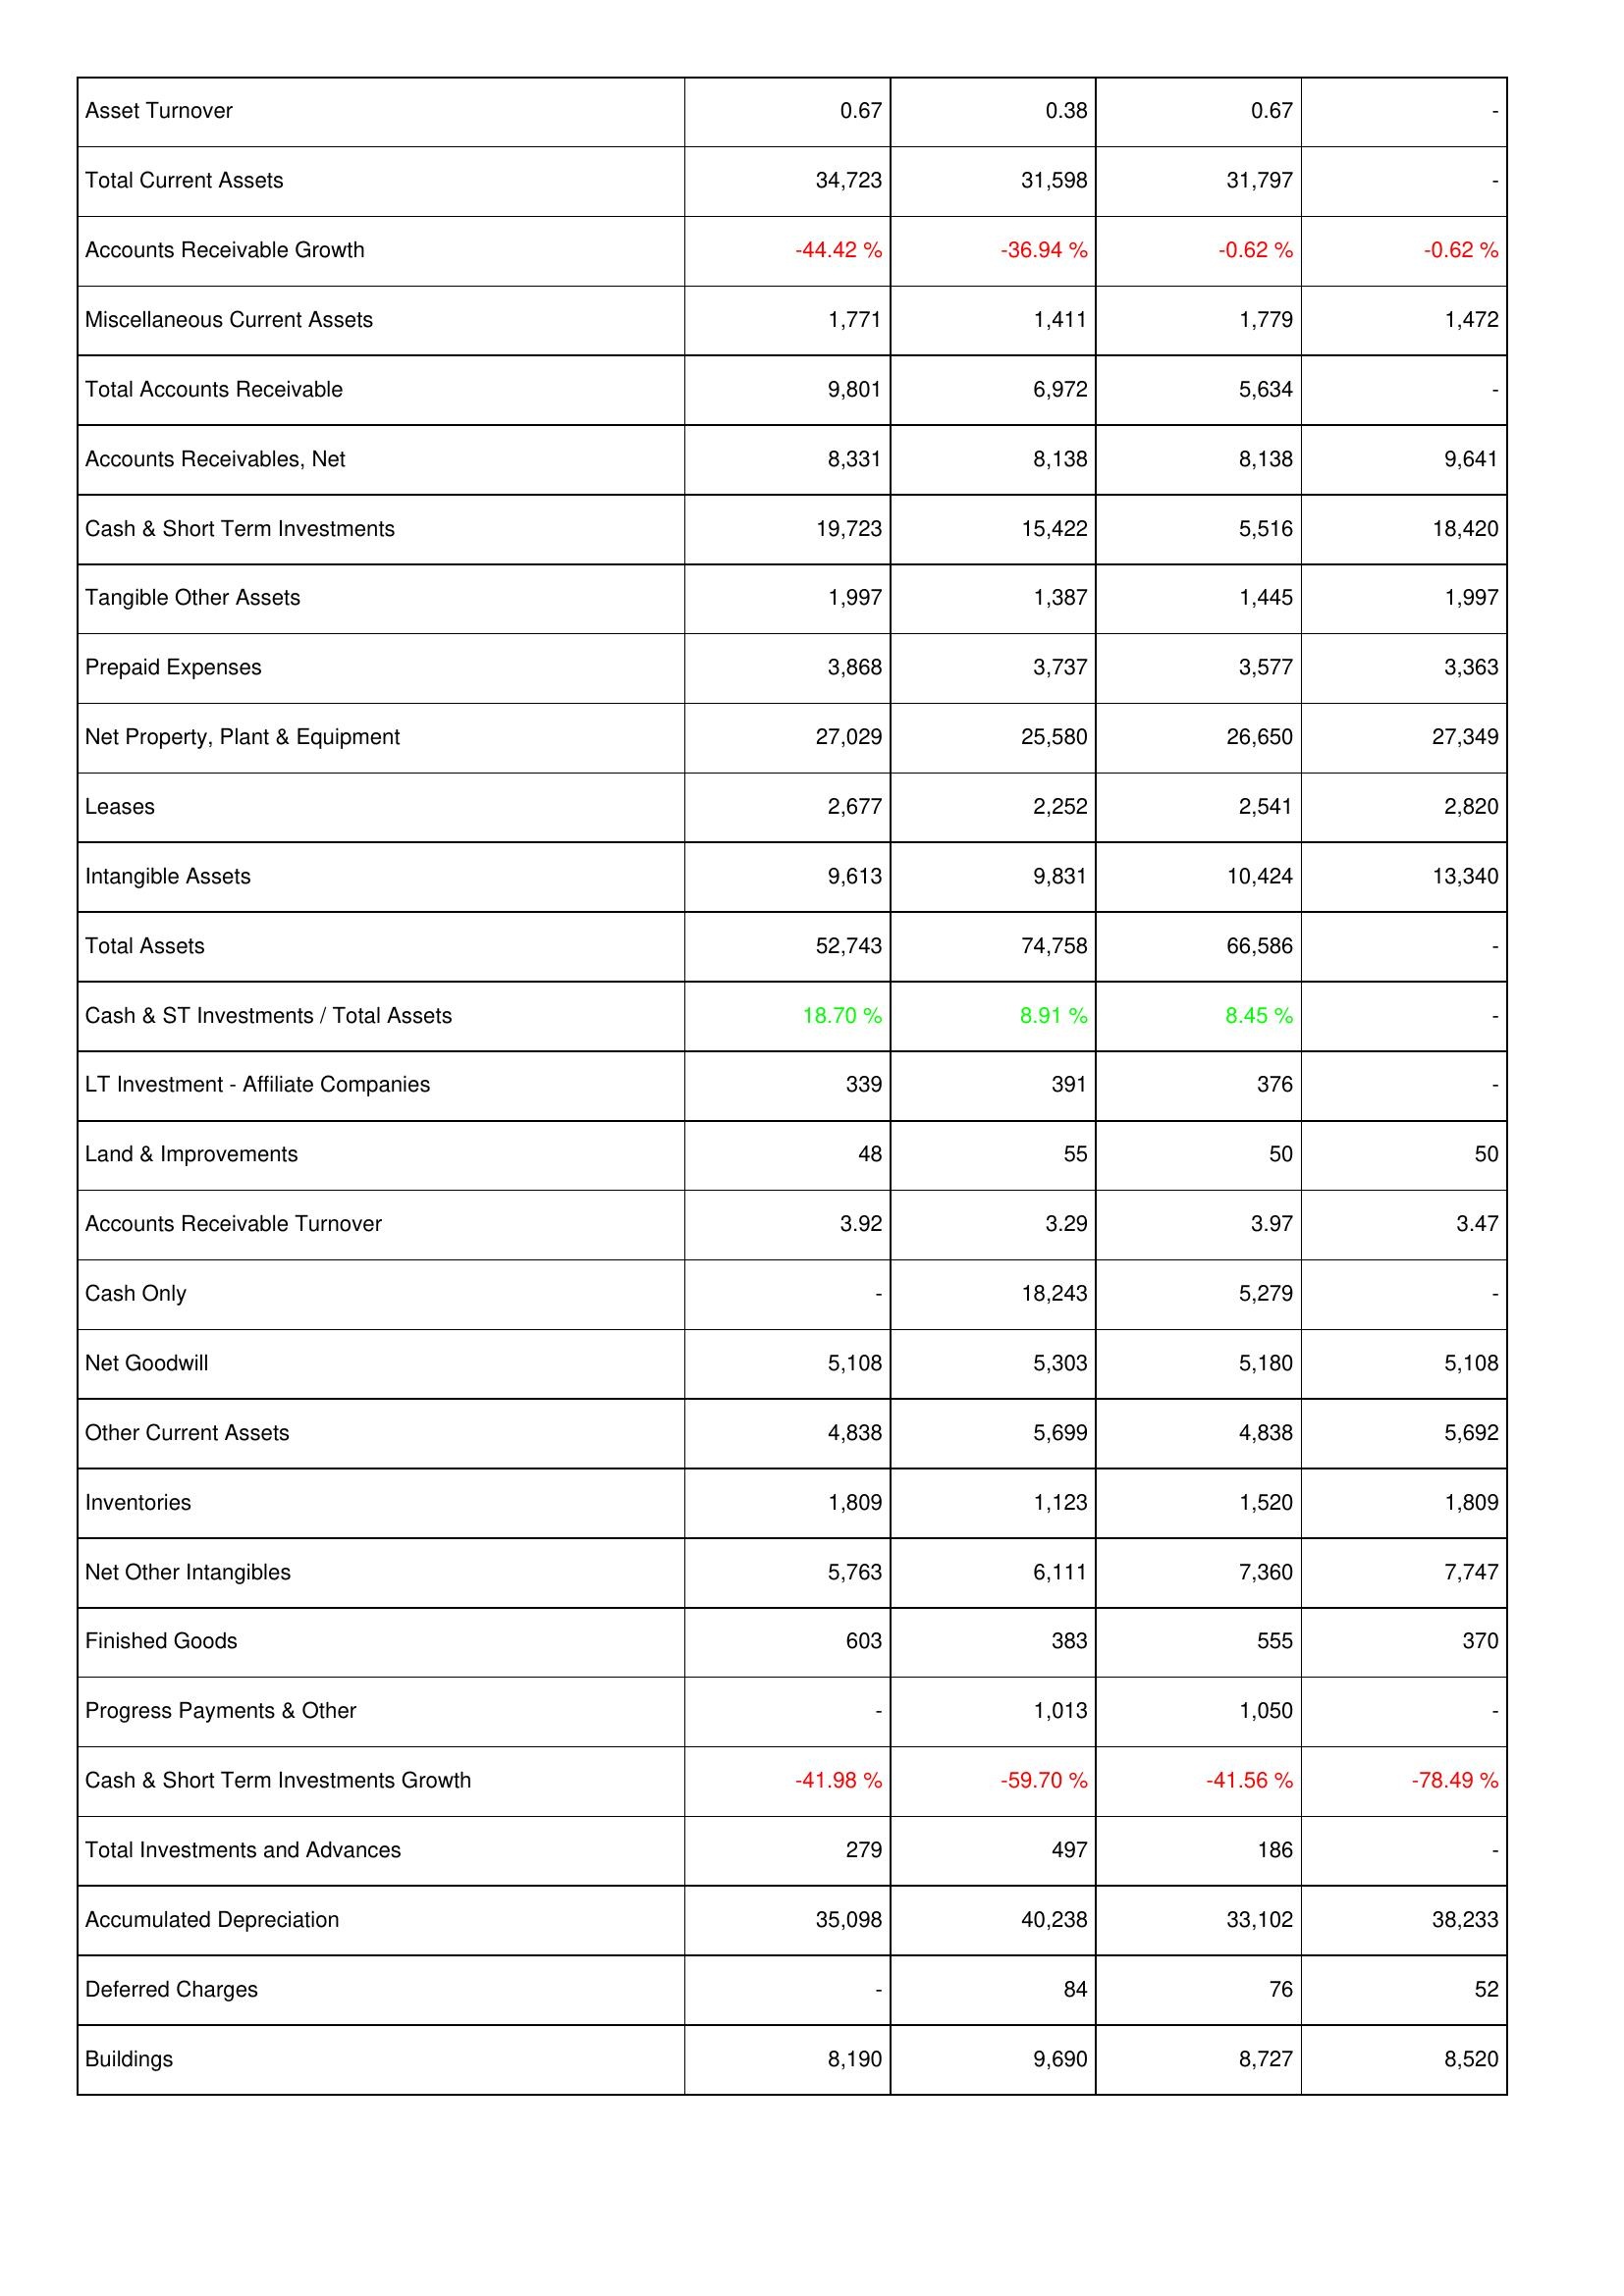
2005: Assets: Asset Turnover: 0.67
Total Current Assets: 34,723
Accounts Receivable Growth: -44.42 %
Miscellaneous Current Assets: 1,771
Total Accounts Receivable: 9,801
Accounts Receivables, Net: 8,331
Cash & Short Term Investments: 19,723
Tangible Other Assets: 1,997
Prepaid Expenses: 3,868
Net Property, Plant & Equipment: 27,029
Leases: 2,677
Intangible Assets: 9,613
Total Assets: 52,743
Cash & ST Investments / Total Assets: 18.70 %
LT Investment - Affiliate Companies: 339
Land & Improvements: 48
Accounts Receivable Turnover: 3.92
Cash Only: -
Net Goodwill: 5,108
Other Current Assets: 4,838
Inventories: 1,809
Net Other Intangibles: 5,763
Finished Goods: 603
Progress Payments & Other: -
Cash & Short Term Investments Growth: -41.98 %
Total Investments and Advances: 279
Accumulated Depreciation: 35,098
Deferred Charges: -
Buildings: 8,190
2006: Assets: Asset Turnover: 0.38
Total Current Assets: 31,598
Accounts Receivable Growth: -36.94 %
Miscellaneous Current Assets: 1,411
Total Accounts Receivable: 6,972
Accounts Receivables, Net: 8,138
Cash & Short Term Investments: 15,422
Tangible Other Assets: 1,387
Prepaid Expenses: 3,737
Net Property, Plant & Equipment: 25,580
Leases: 2,252
Intangible Assets: 9,831
Total Assets: 74,758
Cash & ST Investments / Total Assets: 8.91 %
LT Investment - Affiliate Companies: 391
Land & Improvements: 55
Accounts Receivable Turnover: 3.29
Cash Only: 18,243
Net Goodwill: 5,303
Other Current Assets: 5,699
Inventories: 1,123
Net Other Intangibles: 6,111
Finished Goods: 383
Progress Payments & Other: 1,013
Cash & Short Term Investments Growth: -59.70 %
Total Investments and Advances: 497
Accumulated Depreciation: 40,238
Deferred Charges: 84
Buildings: 9,690
2007: Assets: Asset Turnover: 0.67
Total Current Assets: 31,797
Accounts Receivable Growth: -0.62 %
Miscellaneous Current Assets: 1,779
Total Accounts Receivable: 5,634
Accounts Receivables, Net: 8,138
Cash & Short Term Investments: 5,516
Tangible Other Assets: 1,445
Prepaid Expenses: 3,577
Net Property, Plant & Equipment: 26,650
Leases: 2,541
Intangible Assets: 10,424
Total Assets: 66,586
Cash & ST Investments / Total Assets: 8.45 %
LT Investment - Affiliate Companies: 376
Land & Improvements: 50
Accounts Receivable Turnover: 3.97
Cash Only: 5,279
Net Goodwill: 5,180
Other Current Assets: 4,838
Inventories: 1,520
Net Other Intangibles: 7,360
Finished Goods: 555
Progress Payments & Other: 1,050
Cash & Short Term Investments Growth: -41.56 %
Total Investments and Advances: 186
Accumulated Depreciation: 33,102
Deferred Charges: 76
Buildings: 8,727
2008: Assets: Asset Turnover: -
Total Current Assets: -
Accounts Receivable Growth: -0.62 %
Miscellaneous Current Assets: 1,472
Total Accounts Receivable: -
Accounts Receivables, Net: 9,641
Cash & Short Term Investments: 18,420
Tangible Other Assets: 1,997
Prepaid Expenses: 3,363
Net Property, Plant & Equipment: 27,349
Leases: 2,820
Intangible Assets: 13,340
Total Assets: -
Cash & ST Investments / Total Assets: -
LT Investment - Affiliate Companies: -
Land & Improvements: 50
Accounts Receivable Turnover: 3.47
Cash Only: -
Net Goodwill: 5,108
Other Current Assets: 5,692
Inventories: 1,809
Net Other Intangibles: 7,747
Finished Goods: 370
Progress Payments & Other: -
Cash & Short Term Investments Growth: -78.49 %
Total Investments and Advances: -
Accumulated Depreciation: 38,233
Deferred Charges: 52
Buildings: 8,520